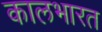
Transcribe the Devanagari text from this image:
कालभारत